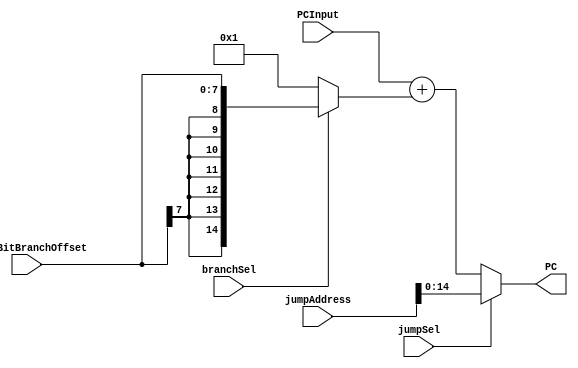
`timescale 1ns / 1ps
//////////////////////////////////////////////////////////////////////////////////
// Company: Rogue Squadron
// 
// Design Name: 
// Module Name:    ProgramCounterLogic 
// Project Name: 
// Target Devices: 
// Tool versions: 
// Description: 
//
// Dependencies: 
//
// Revision: 
// Revision 0.01 - File Created
// Additional Comments: 
//
//////////////////////////////////////////////////////////////////////////////////
module ProgramCounterLogic(
    input [7:0] eightBitBranchOffset,
    //input [14:0] programCounterValue,
    input [15:0] jumpAddress,
    input branchSel,
    input jumpSel,
	 input [14:0] PCInput,
    output [14:0] PC
    );

wire signed [14:0] signExtendedBranchOff;

wire [14:0] shortenedJumpAddress =jumpAddress[14:0];
wire signed [14:0] oneOrBranch;
wire signed [14:0] wirePCAdder;
 

assign signExtendedBranchOff ={ {7{eightBitBranchOffset[7]}}, eightBitBranchOffset};/*{eightBitBranchOffset[7]},{eightBitBranchOffset[7]},
{eightBitBranchOffset[7]},{eightBitBranchOffset[7]},
{eightBitBranchOffset[7]},{eightBitBranchOffset[7]},{eightBitBranchOffset[7]} , eightBitBranchOffset[7:0]};*/

assign oneOrBranch=(branchSel) ? signExtendedBranchOff : 15'b1;

assign wirePCAdder=PCInput+oneOrBranch;

assign PC=(jumpSel) ? shortenedJumpAddress : wirePCAdder;

	

endmodule